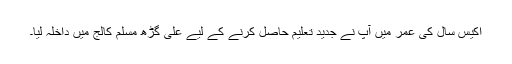
اکیس سال کی عمر میں آپ نے جدید تعلیم حاصل کرنے کے لیے علی گڑھ مسلم کالج میں داخلہ لیا۔